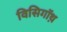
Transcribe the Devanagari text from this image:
विसिगॉथ़